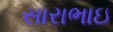
સારાભાઇ